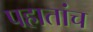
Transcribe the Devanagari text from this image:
पहातांच